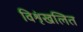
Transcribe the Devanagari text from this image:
विशृंखलित